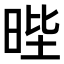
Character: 𭦅